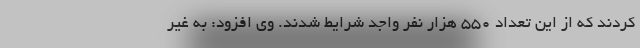
کردند که از این تعداد ۵۵۰ هزار نفر واجد شرایط شدند. وی افزود: به غیر